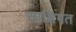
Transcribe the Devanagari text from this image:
साक्षिगत